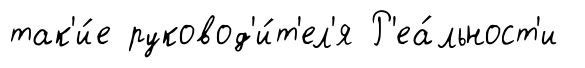
так'и́е руковод'и́т'ел'я Р'еа́льност'и